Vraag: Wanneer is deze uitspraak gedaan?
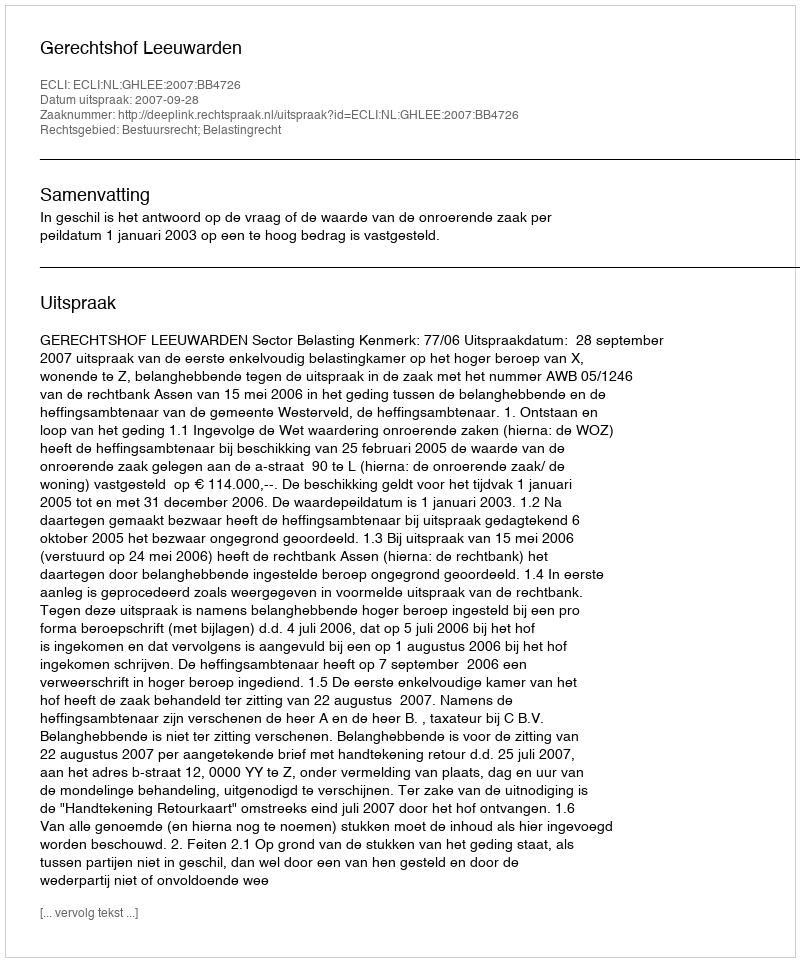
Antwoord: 2007-09-28